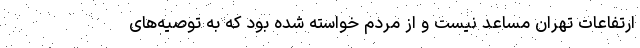
ارتفاعات تهران مساعد نیست و از مردم خواسته شده بود که به توصیه‌های